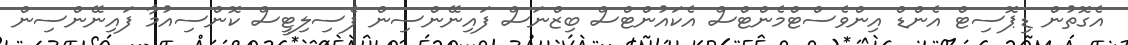
އެގޮތުން ޑިޕޮސިޓް އެންޑް އިންވެސްޓްމެންޓްސް އެކައުންޓްސް ބިޒްނަސް ފައިނޭންސިން ފެސިލިޓީސް ކޮންސިއުމާ ފައިނޭންސިން